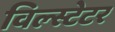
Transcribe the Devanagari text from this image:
विल्स्टेटर